Note on the mental hospitals in Burma - 1925-1940
Year: 1925
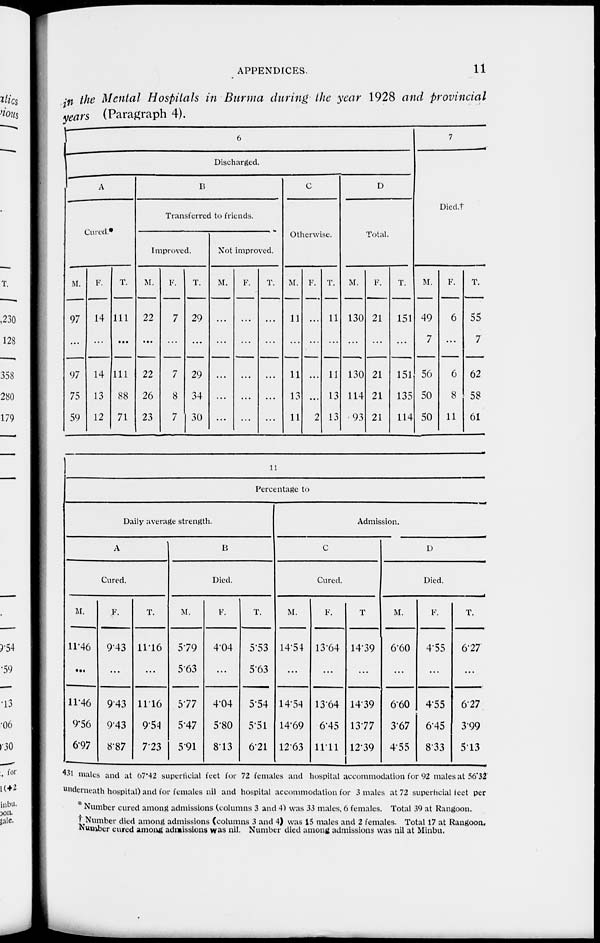
APPENDICES,
11
in the Mental Hospitals in Burma during the year 1928 and provincial
years (Paragraph 4).
6
Discharged.
A
Cured*
M.
97
...
97
75
59
F.
14
...
14
13
12
T.
111
...
111
88
71
B
Transferred to friends.
Improved.
M.
22
...
22
26
23
F.
7
...
7
8
7
T.
29
...
29
34
30
Not improved.
M.
...
...
...
...
...
F.
...
...
...
...
...
T.
...
...
...
...
...
C
Otherwise.
M.
11
...
11
13
11
F.
...
...
...
...
2
T.
11
...
11
13
13
D
Total.
M.
130
...
130
114
93
F.
21
...
21
21
21
T.
151
...
151
135
114
7
Died.†
M.
49
7
56
50
50
F.
6
...
6
8
11
T.
55
7
62
58
61
11
Percentage to
Daily average strength.
A
Cured.
M.
11.46
...
11.46
9.56
6.97
F.
9.43
...
9.43
9.43
8.87
T.
11.16
...
11.16
9.54
7.23
B
Died.
M.
5.79
5.63
5.77
5.47
5.91
F.
4.04
...
4.04
5.80
8.13
T.
5.53
5.63
5.54
5.51
6.21
Admission.
C
Cured.
M.
14.54
...
14.54
14.69
12.63
F.
13.64
...
13.64
6.45
11.11
T.
14.39
...
14.39
13.77
12.39
D
Died.
M.
6.60
...
6.60
3.67
4.55
F.
4.55
...
4.55
6.45
8.33
T.
6.27
...
6.27
3.99
5.13
431 males and at 67.42 superficial feet for 72 females and hospital accommodation for 92 males at 56.32
underneath hospital) and for females nil and hospital accommodation for 3 males at 72 superficial feet per
*
Number cured among admissions (columns 3 and 4) was 33 males, 6 females. Total 39 at Rangoon.
† Number died among admissions (columns 3 and 4) was 15 males and 2 females. Total 17 at Rangoon.
Number cured among admissions was nil. Number died among admissions was nil at Minbu.